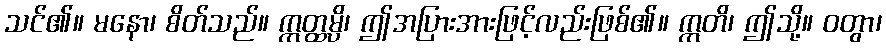
သင်၏။ မနော၊ စိတ်သည်။ ဣတ္ထမ္ပိ၊ ဤအပြားအားဖြင့်လည်းဖြစ်၏။ ဣတိ၊ ဤသို့။ ဝတွာ၊